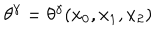
\theta ^ { \gamma } = \theta ^ { \gamma } ( x _ { 0 } , x _ { 1 } , x _ { 2 } )